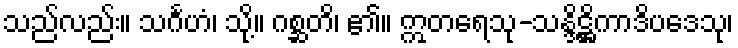
သည်လည်း။ သင်္ဂဟံ၊ သို့။ ဂစ္ဆတိ၊ ၏။ ဣတရေသု-သန္ဒိဋ္ဌိကာဒိပဒေသု၊